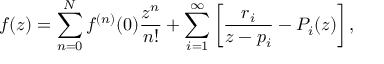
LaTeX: f ( z ) = \sum _ { n = 0 } ^ { N } f ^ { ( n ) } ( 0 ) \frac { z ^ { n } } { n ! } + \sum _ { i = 1 } ^ { \infty } \left[ \frac { r _ { i } } { z - p _ { i } } - P _ { i } ( z ) \right] ,